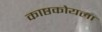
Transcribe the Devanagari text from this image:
काष्ठकोयला